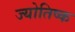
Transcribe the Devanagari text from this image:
ज्योतिष्क